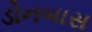
ડોનબાસ